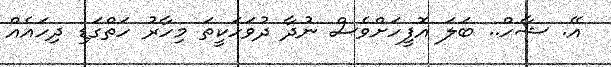
އޭ. ޝާހް.. ބަލަ އޮފީހަށްވެސް ނުދާ ދުވަހަކީތަ މިހާރު ހަތްގަޑި ދިހައެއް